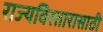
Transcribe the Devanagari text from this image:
राज्यविस्तारासाठी